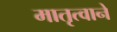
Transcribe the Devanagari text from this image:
मातृत्वाने